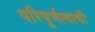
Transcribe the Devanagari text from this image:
परिपूर्णत्वाची